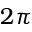
2 \pi